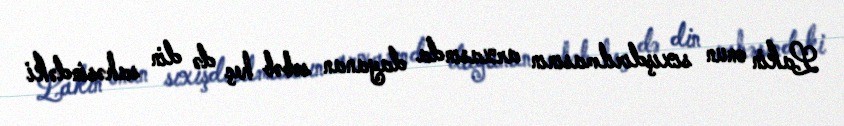
Lakin onun sıxışdırılmasının arxasında dayanan səbəb heç də din sahəsindəki